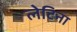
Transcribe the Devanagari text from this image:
लेटिना